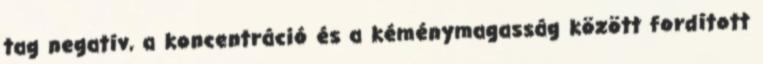
tag negatív, a koncentráció és a kéménymagasság között fordított